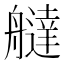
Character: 𦪭